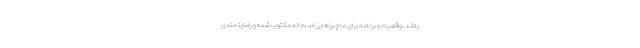
باشد. واقعیت و برنامه برای ما چیز‌هایی است که مکتوب شده و رضایتمندی